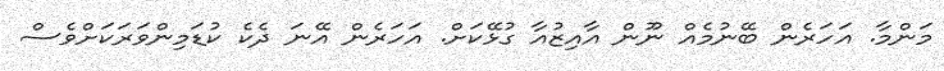
މަންމާ. އަހަރެން ބޭނުމެއް ނޫން އާއިޒުއާ ގުޅޭކަށް. އަހަރެން އޭނަ ދެކެ ކުޑަމިންވަރަަކަށްވެސް